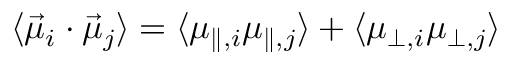
\begin{array} { r } { \langle \vec { \mu } _ { i } \cdot \vec { \mu } _ { j } \rangle = \langle \mu _ { \parallel , i } \mu _ { \parallel , j } \rangle + \langle \mu _ { \perp , i } \mu _ { \perp , j } \rangle } \end{array}